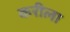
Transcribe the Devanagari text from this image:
करीला